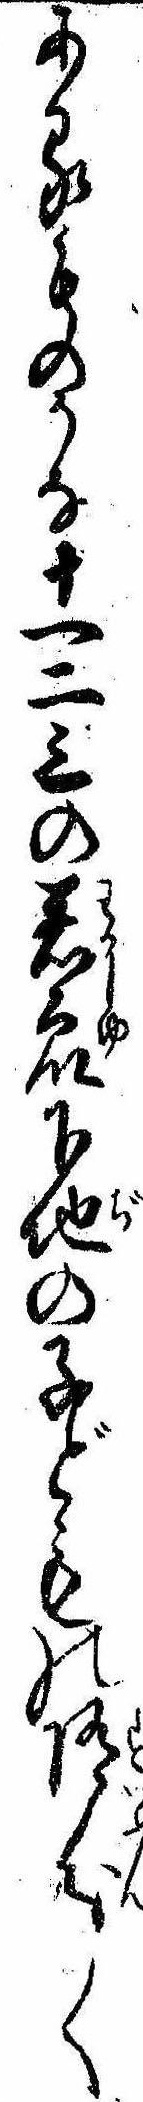
あるものかな十一二三の若衆下地の子どもの随分〱